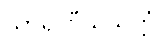
သာရဏီယသုတ္တံ